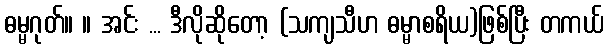
ဓမ္မဂုတ်။ ။ အင်း ... ဒီလိုဆိုတော့ (သကျသီဟ ဓမ္မာစရိယ)ဖြစ်ပြီး တကယ်